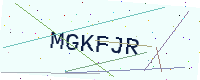
Text: MGKFJR